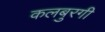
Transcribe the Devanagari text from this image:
कलबुरगी